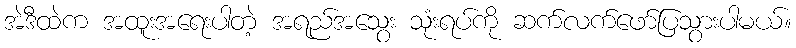
အဲဒီထဲက အထူးအရေးပါတဲ့ အရည်အသွေး သုံးရပ်ကို ဆက်လက်ဖော်ပြသွားပါမယ်။